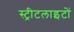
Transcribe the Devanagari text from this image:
स्‍ट्रीटलाइटों